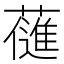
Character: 𮒊